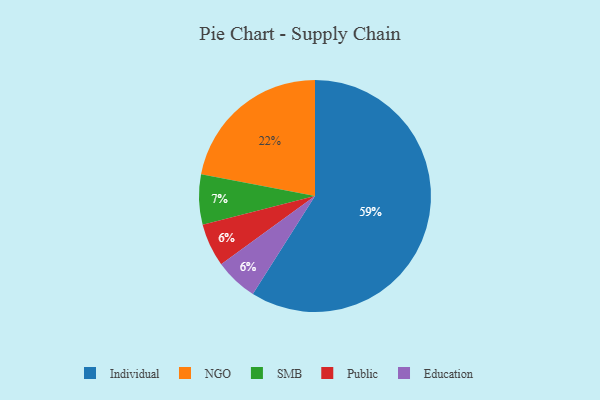
{"axis": {"x": "Category", "y": "Percentage"}, "legend": ["Education", "Individual", "NGO", "Public", "SMB"], "data": [{"x": "Public", "y": 6, "type": "Public"}, {"x": "SMB", "y": 7, "type": "SMB"}, {"x": "NGO", "y": 22, "type": "NGO"}, {"x": "Education", "y": 6, "type": "Education"}, {"x": "Individual", "y": 59, "type": "Individual"}]}